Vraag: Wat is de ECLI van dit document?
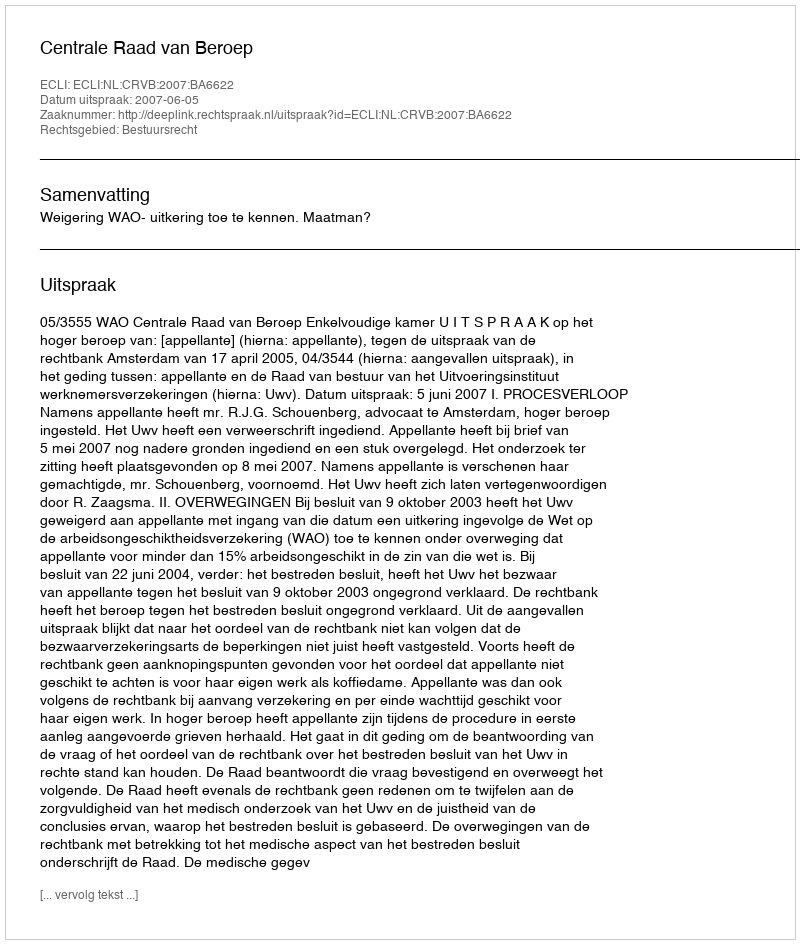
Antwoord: ECLI:NL:CRVB:2007:BA6622